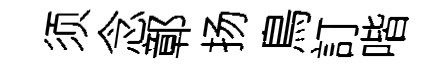
须念鄣扬鳥訂喈